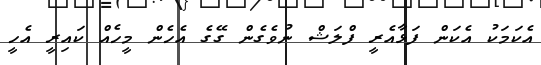
އެކަމަކު އެކަން ފަޅާއެރީ ފްލަޝް ނުވެގެން ގޭގެ އެހެން މީހެއް ކައިރީ އެހީ